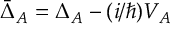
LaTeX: \bar { \Delta } _ { A } = \Delta _ { A } - ( i / \hbar ) V _ { A }